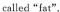
called "fat".